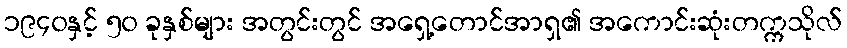
၁၉၄၀နှင့် ၅၀ ခုနှစ်များ အတွင်းတွင် အရှေ့တောင်အာရှ၏ အကောင်းဆုံးတက္ကသိုလ်